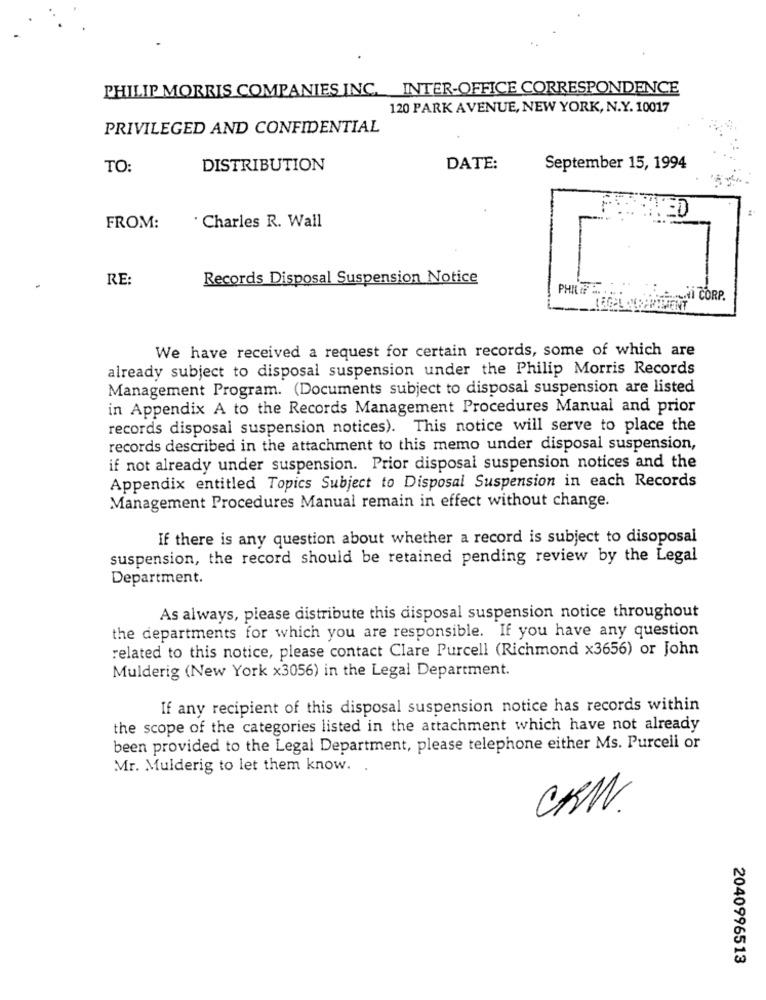
PHILIP MORRIS COMPANIES INC. INTER-OFFICE CORRESPONDENCE
120 PARK AVENUE, NEW YORK, N.Y. 10017
PRIVILEGED AND CONFIDENTIAL
TO:
DISTRIBUTION
DATE:
September 15, 1994
FROM:
. Charles R. Wall
RE:
Records Disposal Suspension Notice
PHIL ME
NI CORP.
We have received a request for certain records, some of which are
already subject to disposal suspension under the Philip Morris Records
Management Program. (Documents subject to disposal suspension are listed
in Appendix A to the Records Management Procedures Manual and prior
records disposal suspension notices). This notice will serve to place the
records described in the attachment to this memo under disposal suspension,
if not already under suspension. Prior disposal suspension notices and the
Appendix entitled Topics Subject to Disposal Suspension in each Records
Management Procedures Manual remain in effect without change.
If there is any question about whether a record is subject to disoposal
suspension, the record should be retained pending review by the Legal
Department.
As always, please distribute this disposal suspension notice throughout
the departments for which you are responsible. If you have any question
related to this notice, please contact Clare Purcell (Richmond x3656) or John
Mulderig (New York x3056) in the Legal Department.
If any recipient of this disposal suspension notice has records within
the scope of the categories listed in the attachment which have not already
been provided to the Legal Department, please telephone either Ms. Purcell or
Mr. Mulderig to let them know. .
CRW.
2040996513